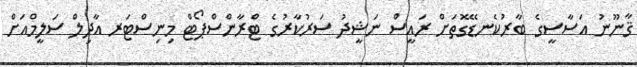
ޤާނޫނު އަސާސީގެ ބާރުކެނޑޭގޮތަށް ރައީސް ނަޝީދު ސަރުކާރުގެ ޓްރާންސްޕޯޓް މިނިސްޓަރ އާދިލް ސަލީމްއަށް